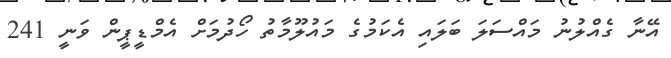
އޭނާ ގެއްލުނު މައްސަލަ ބަލައި އެކަމުގެ މައުލޫމާތު ހޯދުމަށް އެމްޑީޕީން ވަނީ 241